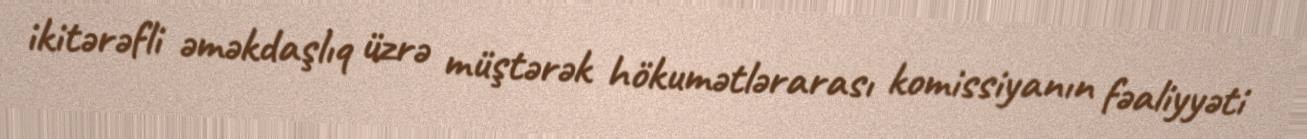
ikitərəfli əməkdaşlıq üzrə müştərək hökumətlərarası komissiyanın fəaliyyəti